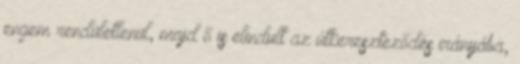
engem rendületlenül, majd ő is elindult az útkereszteződés irányába,